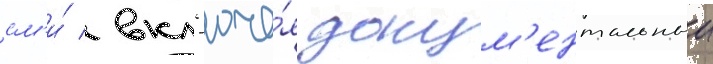
см'и́ / вкл'юча́я докум'ентальныи